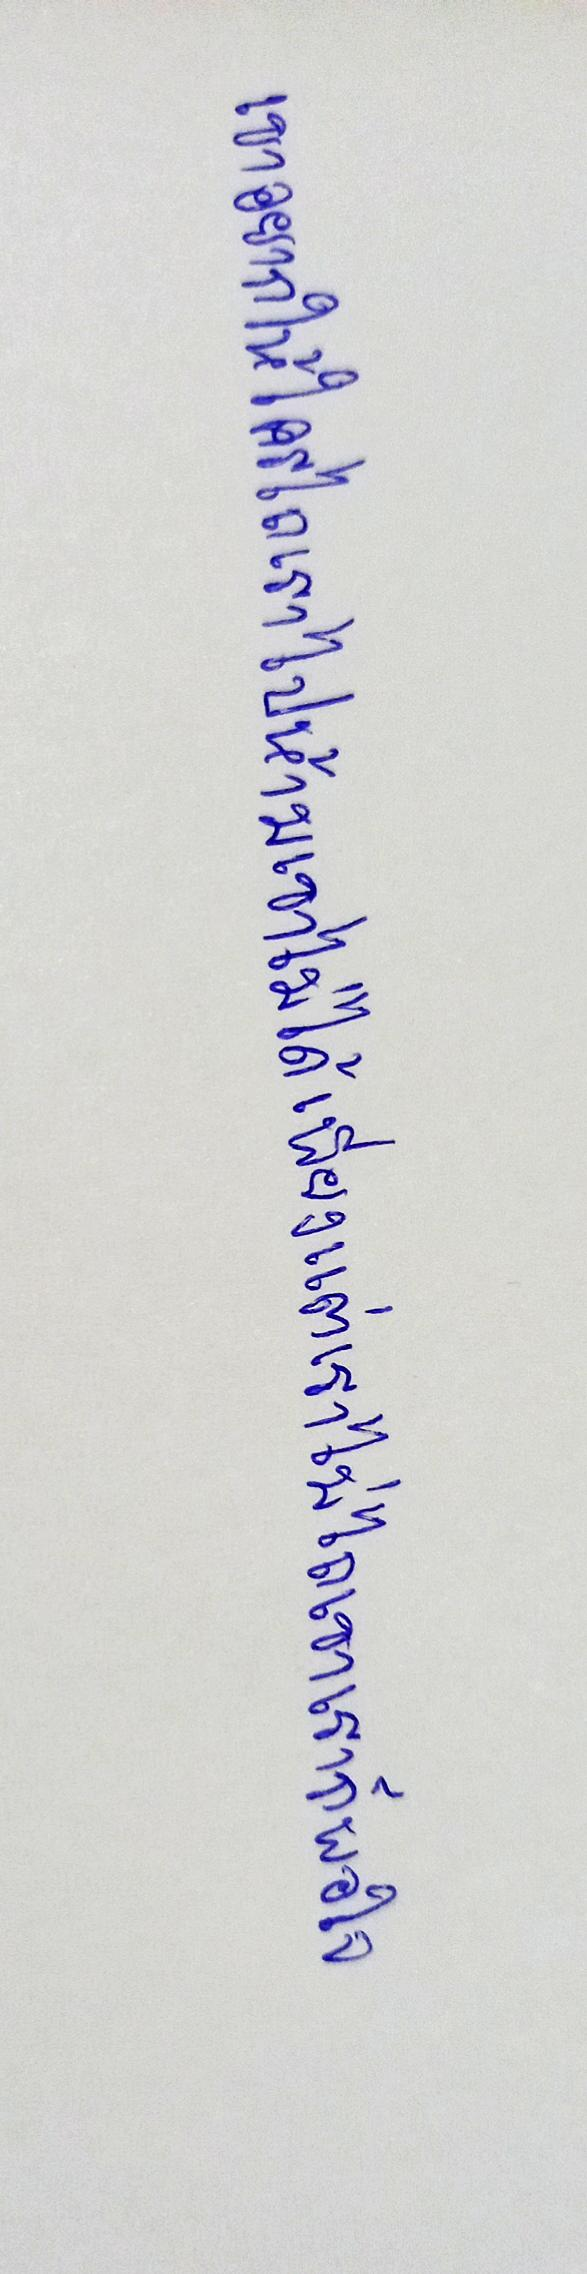
เขาอยากให้ใครไถเราไปห้ามเขาไม่ได้เพียงแต่เราไม่ไถเขาเราก็พอใจ